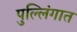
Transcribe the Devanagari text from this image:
पुल्लिंगात